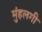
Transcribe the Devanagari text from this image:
मुंहलगी